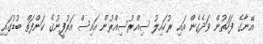
އޭނާގެ ފަހަތުން ވަދެގެން އައި ރުހައިލު ސިއްރުސިއްރުން އައިސް އަރުފީނުގެ ކަންފަތް ބުޑުގައި